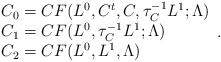
\begin{align*} \begin{array}{l} C_0 = CF(L^0 , C^t, C, \tau_C^{-1} L^1;{\Lambda}) \\ C_1 = CF(L^0,\tau_C^{-1} L^1;{\Lambda}) \\ C_2 = CF(L^0, L^1,{\Lambda}) \end{array} .\end{align*}